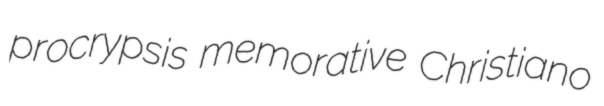
procrypsis memorative Christiano